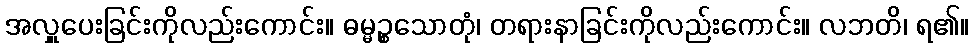
အလှူပေးခြင်းကိုလည်းကောင်း။ ဓမ္မဉ္စသောတုံ၊ တရားနာခြင်းကိုလည်းကောင်း။ လဘတိ၊ ရ၏။